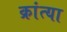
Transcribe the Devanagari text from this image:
क्रांत्या